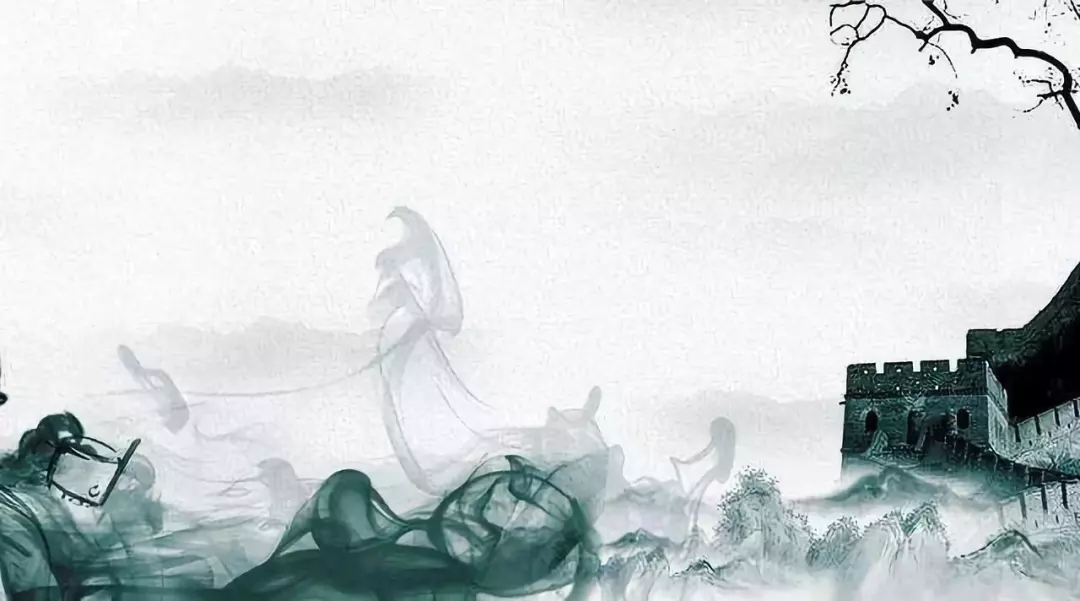
恨君不似江楼月，南北东西，南北东西，只有相随无别离。